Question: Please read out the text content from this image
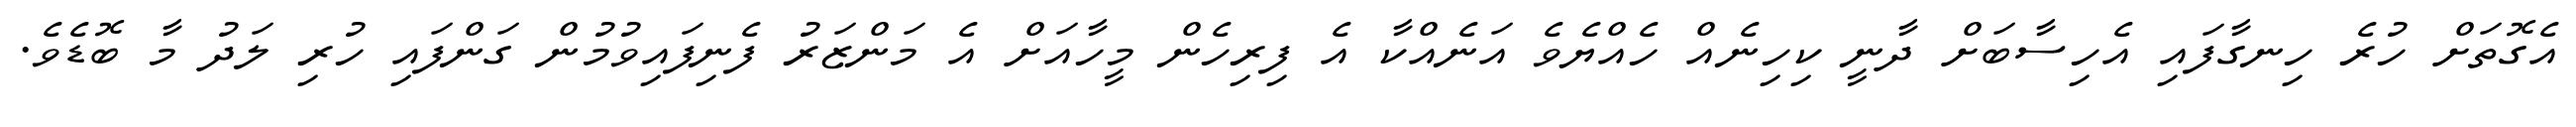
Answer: އެގޮތަށް ހުރެ ހިނގާފައި އެހިސާބަށް ދާނީ ކިހިނެއް ހެއްޔެވެ އަނެއްކާ އެ ފިރިހެން މީހާއަށް އެ މަންޒަރު ފެނިފައިވުމުން ގަންފައި ހުރި ލަދު މާ ބޮޑެވެ.